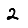
Digit: 2